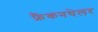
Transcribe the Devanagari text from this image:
फ्रैंकनथेलर